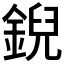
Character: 𫒪